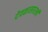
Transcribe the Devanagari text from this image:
देवळासारखी